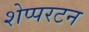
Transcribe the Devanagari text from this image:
शेप्परटन